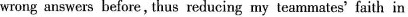
wrong answers before, thus reducing my teammates' faith in